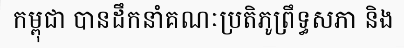
កម្ពុជា បានដឹកនាំគណៈប្រតិភូព្រឹទ្ធសភា និង